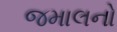
જમાલનો